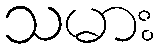
သမား